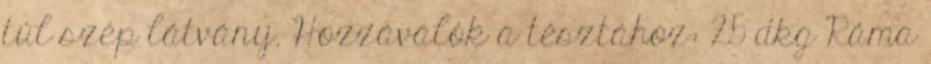
túl szép látvány. Hozzávalók a tésztához: 25 dkg Ráma